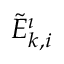
\tilde { E } _ { k , i } ^ { \i }